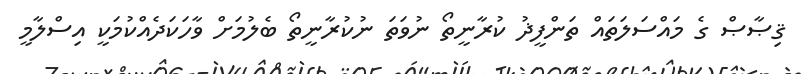
ޤިޞާޞް ގެ މައްސަލަތައް ތަންފީޛު ކުރާނީތޯ ނުވަތަ ނުކުރާނީތޯ ބެލުމަށް ވާހަކަދެއްކުމަކީ އިސްލާމީ